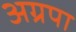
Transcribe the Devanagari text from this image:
अग्रपा